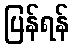
ပြန်ရန်